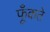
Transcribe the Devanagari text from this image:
फूँकते